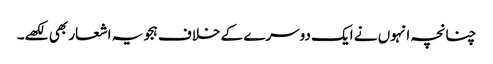
چنانچہ انہوں نے ایک دوسرے کے خلاف ہجویہ اشعار بھی لکھے۔